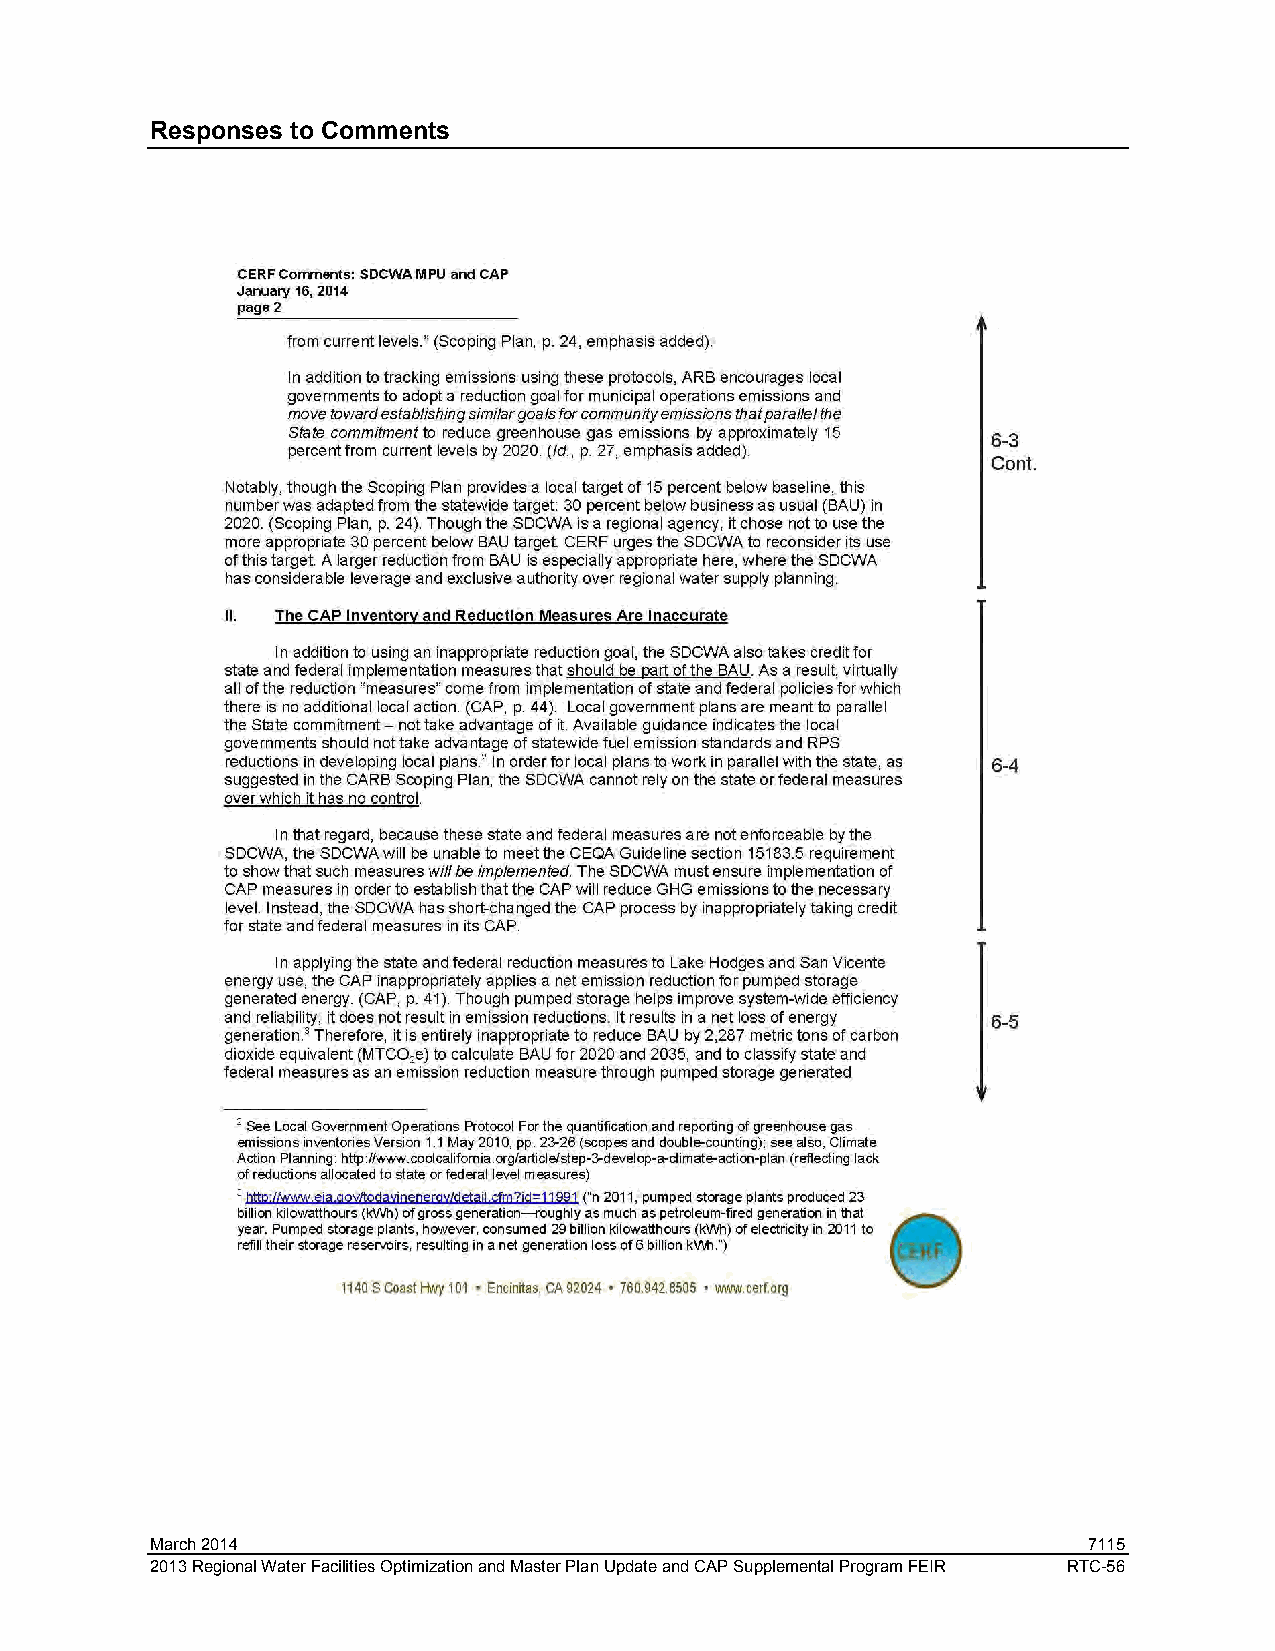
Responses to Comments
 March 2014                                                    7115
 2013 Regional Water Facilities Optimization and Master Plan Update and CAP Supplemental Program FEIR RTC-56